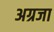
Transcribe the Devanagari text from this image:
अग्रजा